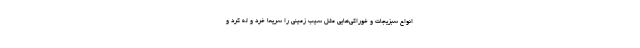
انواع سبزیجات و خوراکی‌هایی مثل سیب زمینی را سریعا خرد و له کرد و